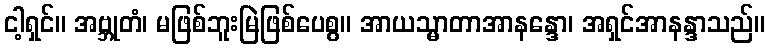
ငါ့ရှင်။ အဗ္ဘုတံ၊ မဖြစ်ဘူးမြဲဖြစ်ပေစွ။ အာယသ္မာတာအာနန္ဒော၊ အရှင်အာနန္ဒာသည်။